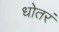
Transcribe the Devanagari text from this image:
धोतरं